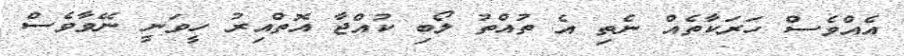
އެއްވެސް ހަރަކާތެއް ނެތި އެ ތުއްތު ލޯބި ކުއްޖާ އޮތްއިރު ހީވަނީ ނޭވާވެސް